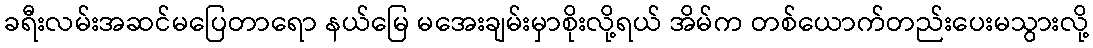
ခရီးလမ်းအဆင်မပြေတာရော နယ်မြေ မအေးချမ်းမှာစိုးလို့ရယ် အိမ်က တစ်ယောက်တည်းပေးမသွားလို့